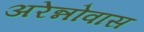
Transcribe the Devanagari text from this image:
अरेन्नोवास